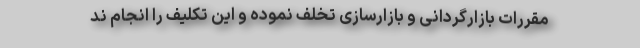
مقررات بازارگردانی و بازارسازی تخلف نموده و این تکلیف را انجام ند